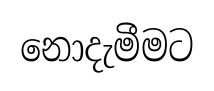
නොදැමීමට